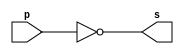
// -------------------
// Exemplo0002 - NOT
// Nome: Pedro Tronbin
// -------------------

// ------------------- 


// -------------------
// -- not gate
// -------------------
 
module notgate(output s, input p);
 assign s = ~p; // criar vinculo permanente
               // (dependencia)
					
endmodule // notgate


// -------------------
// -- test notgate
// ------------------- 
module testnotgate;
// ------------------- dados locais

      reg a;  // definir registrador
		        // (variavel independente)
		wire s; // definir conexao (fio)
		        // (variavel dependente)
// ------------------- instancia
      notgate NOT1(s, a);
// ------------------- preparacao
      initial begin: start
		
		  a = 0;
		
		end
// ------------------- parte principal		
      initial begin:main
		        // execucao unitaria
			$display("Exemplo 0002 - xxx yyy zzz - 999999");
			$display("Test NOT gate:");
			$display("\n~a= s\n");
			a = 0;
			#1 $display("~%b= %b", a, s);
			a = 1;
			#1 $display("~%b= %b", a, s);
			
			end
			
			endmodule // testnotgate     	
			
			// ------------SAIDA
			
			// Exemplo 0002 - xxx yyy zzz - 999999
         // Test NOT gate:
    
         //        ~a= s
    
         //        ~0= 1
         //        ~1= 0